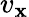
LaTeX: v_{\mathbf{x}}